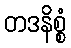
တဒနိစ္စံ